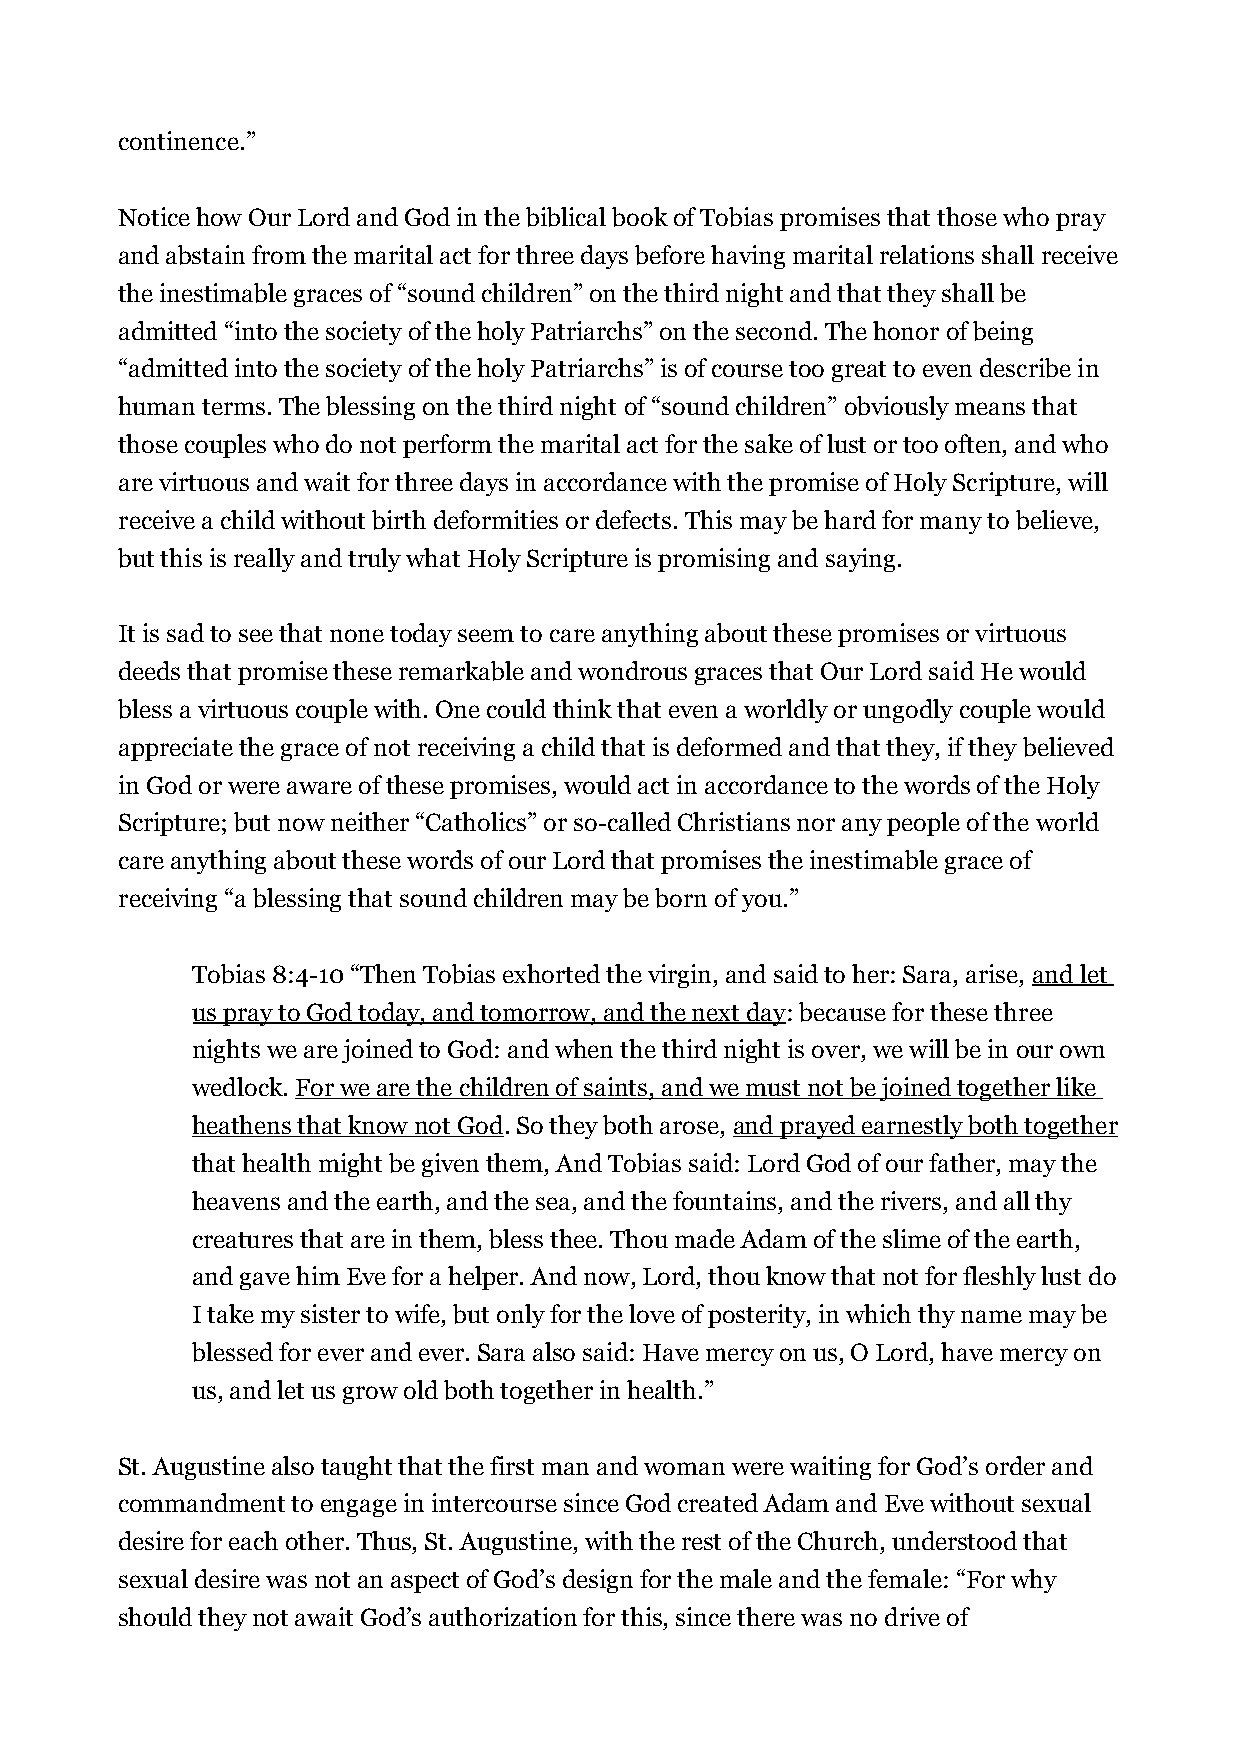
continence.”
 Notice how Our Lord and God in the biblical book of Tobias promises that those who pray
 and abstain from the marital act for three days before having marital relations shall receive
 the inestimable graces of “sound children” on the third night and that they shall be
 admitted “into the society of the holy Patriarchs” on the second. The honor of being
 “admitted into the society of the holy Patriarchs” is of course too great to even describe in
 human terms. The blessing on the third night of “sound children” obviously means that
 those couples who do not perform the marital act for the sake of lust or too often, and who
 are virtuous and wait for three days in accordance with the promise of Holy Scripture, will
 receive a child without birth deformities or defects. This may be hard for many to believe,
 but this is really and truly what Holy Scripture is promising and saying.
 It is sad to see that none today seem to care anything about these promises or virtuous
 deeds that promise these remarkable and wondrous graces that Our Lord said He would
 bless a virtuous couple with. One could think that even a worldly or ungodly couple would
 appreciate the grace of not receiving a child that is deformed and that they, if they believed
 in God or were aware of these promises, would act in accordance to the words of the Holy
 Scripture; but now neither “Catholics” or so-called Christians nor any people of the world
 care anything about these words of our Lord that promises the inestimable grace of
 receiving “a blessing that sound children may be born of you.”
 Tobias 8:4-10 “Then Tobias exhorted the virgin, and said to her: Sara, arise, and let
 us pray to God today, and tomorrow, and the next day: because for these three
 nights we are joined to God: and when the third night is over, we will be in our own
 wedlock. For we are the children of saints, and we must not be joined together like
 heathens that know not God. So they both arose, and prayed earnestly both together
 that health might be given them, And Tobias said: Lord God of our father, may the
 heavens and the earth, and the sea, and the fountains, and the rivers, and all thy
 creatures that are in them, bless thee. Thou made Adam of the slime of the earth,
 and gave him Eve for a helper. And now, Lord, thou know that not for fleshly lust do
 I take my sister to wife, but only for the love of posterity, in which thy name may be
 blessed for ever and ever. Sara also said: Have mercy on us, O Lord, have mercy on
 us, and let us grow old both together in health.”
 St. Augustine also taught that the first man and woman were waiting for God’s order and
 commandment to engage in intercourse since God created Adam and Eve without sexual
 desire for each other. Thus, St. Augustine, with the rest of the Church, understood that
 sexual desire was not an aspect of God’s design for the male and the female: “For why
 should they not await God’s authorization for this, since there was no drive of